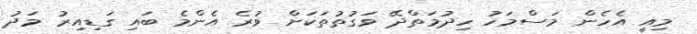
މިއީ އެހެން މަސްމަހު ހިދުމަތްދޭ ވަގުތުތަކަށް ވުރެ އެންމެ ބައި ގަޑިއިރު މަދު